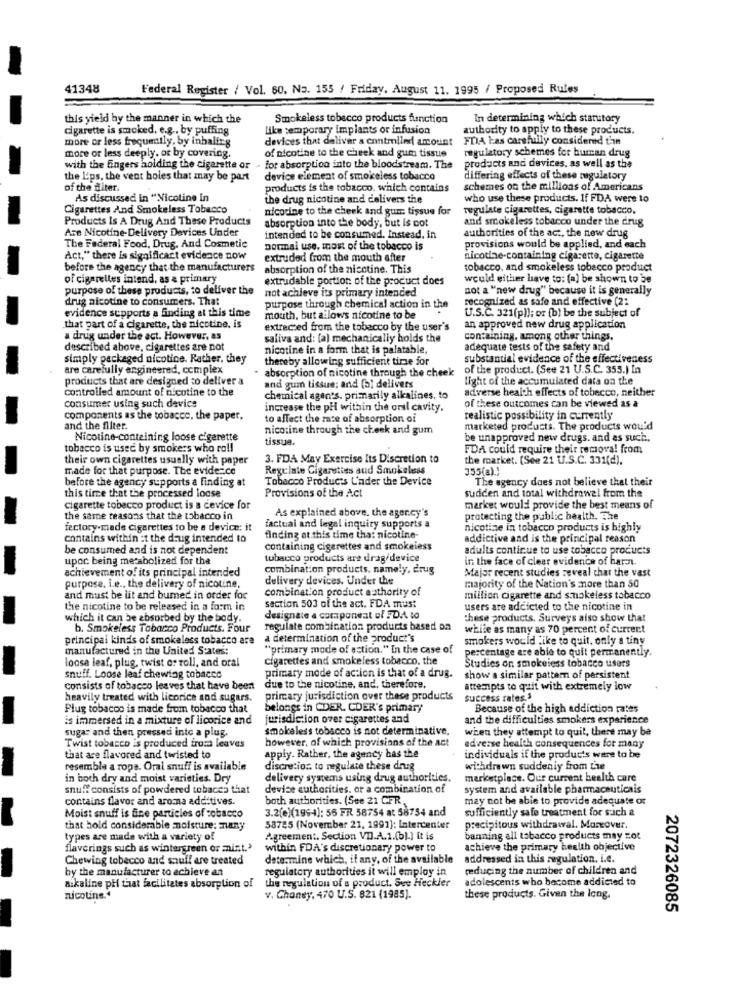
41348
Federal Register / Vol. 60, No. 155 / Friday, August 11. 1995 / Proposed Rules
this yield by the manner in which the
Smokeless tobacco products function
In determining which statutory
cigarette is smoked, e.g ., by puffing
like temporary implants or infusion
authority to apply to these products.
more or less frequently, by inhaling
devices that deliver a controlled amount
FDA Las carefully considered the
of nicotine to the cheek and gura tissue
regulatory schemes for human drug
more or less deeply. or by covering.
with the fingers holding the cigarette or - for absorption into the bloodstream. The
products and devices, as well as the
the L'ps, the vent holes that may be part
device element of smokeless tobacco
differing effects of these migulatory
of the diter.
products is the tobacco, which contains
schemes on the millions of Americans
As discussedi in "Nicotine in
the drug nicotine and delivers the
who use these products. If FDA were to
Cigarettes And Smokeless Tobacco
nicotine to the cheek and gum tissue for
regulate cigarettes, cigarette tobacco,
Products Is A Drug And These Products
absorption into the body, but is cot
and smokeless tobacco under the drug
Are Nicotine-Delivery Devices Under
authorities of the act, the new drug
intended to be consumed. Instead, in
The Federal Food, Drug, And Cosmetic
normal use. most of the tobacco is
provisions would be applied, and each
Act," there is significact evidence now
extruded from the mouth after
nicotine-containing cigarette, cigarette
before the agency that the manufacturers
absorption of the nicotine. This
tobacco, and smokeless tobacco product
of cigarettes intend, as & primary
extrudable portion of the product does
would either have to: (a) be shown to be
purpose of these products, to deliver the
not achieve its primary intended
not a "new drug" because it is generally
drug nicotine to consumers. That
recognized as safe and effective (21
evidence supports a finding at this time
purpose through chemical action in the
U.S.C. 321(p)); or (b) be the subject of
mouth, but a lows nicotine to be
that part of a cigarette, the nicotine. is
extracted from the tobacco by the user's
an approved new drug application
a drug under the act. However, as
saliva and: (a) mechanically holds the
containing. among other things.
described above, cigarettes are not
nicotine in a form that is palatable.
adequate tests of the safety and
simply packaged nicotine. Rather, they
thereby allowing sufficient time for
substantial evidence of the effectiveness
are carefully engineered, complex
absorption of nicotine through the cheek
of the product. (See 21 U.S.C. 353.) In
products that are designed to deliver a
light of the accumulated data on the
controlled amount of nicotine to the
and gum tissue; and (b) delivers
adverse health effects of tobacco, neither
chemical agents. primarily alkalines. to
of these outcomes can be viewed as a
consumer using such device
increase the pH within the oral cavity.
components as the tobacco, the paper.
to affect the rate of absorption of
realistic possibility in currently
and the filter.
nicotine through the cheek and gum
marketed products. The products would
Nicotine-containing loose cigarette
tissue.
be unapproved new drugs. and as such,
tobacco is used by smokers who ro !!
FDA could require their remova! from
their own cigarettes usually with paper
3. FDA May Exercise Its Discretion to
the market. (See 21 U.S.C. 331(d).
made for that purpose. The evidence
Regulate Cigarsttes and Smokeless
355(a) .:
before the agency supports a finding at
Tobacco Products L'ader the Device
The agency does not believe that their
Provisions of the Act
sudden and total withdrawal from the
this time that the processed loose
cigarette tobacco product is a device for
As explained above. the agency's
market would provide the best means of
the same reasons that the tobacco in
protecting the public health. The
fectory-made cigarettes to be a device: it
factual and legal inquiry supports a
nicotine in tobacco products is highly
contains within :t the drug intended to
finding at this time tha: nicoline-
addictive and is the principal reason
be consumed and is not dependent
containing cigarettes and smokeiess
adults continue to use tobacco products
upac being metabolized for the
tobacco products are drag/device
in the face of clear evidence of har.n.
achievement of its principal intended
combination products, namely, drug
Major recent studies seveal that the vast
delivery devices. Under the
purpose. i.e ., the delivery of nicotine.
combination product authority of
majority of the Nation's more than 50
and must be lit and bumed in order for
section 503 of the act. FDA must
million cigarette and smokeless tobacco
the nicotine to be released in a form in
users are addicted to the nicotine in
which it can be absorbed by the body.
designate & componeat of FD.A to
these products. Surveys also show that
b. Smokeless Tobacco Products. Four
regulate combination products based on
while as many as 70 percent of current
principal kinds of smokeless tobacco are
a determination of the product's
smokers would like to quit, only a tiny
manufactured in the United States:
"primary mode of action." In the case of
percentage are able to quit permanently.
loose leaf, plug, twist or roll, and oral
cigarettes and smokeless tobacco, the
primary mode of action is that of a drug.
Studies on smokeless tobacco users
snuff. Loose leaf chewing tobacco
show a similar pattern of persistent
consists of tobacco leaves that have been
due to the nicotine, and, therefore,
attempts to quit with extremely low
heavily treated with licorice and sugars.
primary jurisdiction over these products
success rates.3
Plug tobacco is made from tobacco that
belongs in CDER. CDER's primary
Because of the high addiction rates
is immersed in a mixture of licorice and
jurisdiction over cigarettes and
and the difficulties smokers experience
smokeless tobacco is not determinative.
when they attempt to quit, there may be
sugar and then pressed inte a plug.
however, of which provisions of the act
Twist tobacco is produced froma leaves
adverse health consequences for many
that are flavored and twisted to
apply. Rather, the agency has the
individuals if the products were to be
resemble a rope. Oral snuff is available
discretio. to regulate these drug
withdrawn suddeniy from Lie
in both dry and moist varieties. Dry
delivery systems using drug authorities.
marketplace. Our current health care
snuff consists of powdered tobacco that
devise authorities. or a combination of
system and available pharmaceuticals
contains flavor and aroma additives.
both authorities. (See 21 CFR
may not be able to provide adequate or
3.2(e)(1994): 55 FR 58754 at 58754 and
sufficiently safe treatment for such a
Moist snuff is fine particles of tobacco
that hold considerable moisture: many
58725 (November 21, 1991]: Intercenter
precipitous withdrawal. Moreover.
types are made with a variety of
Agreement. Section VD.A.1.(b).] It is
banning all tobacco products may zot
flavorings such as wintergreen or mint.'
within FDA's discretionary power to
achieve the primary health objective
Chewing tobecco and snuff are treated
determine which, if any, of the available
addressed in this regulation. i.e.
by the manufacturer to achieve an
regulatory authorities it will employ in
reducing the number of children and
the regulation of a product. Sve Heckler
adolescents who become addicted to
aikaline pH that facilitates absorption of
nicotine .*
v. Chaney, 470 U.S. 821 (1985).
these products. Given the long.
2072326085